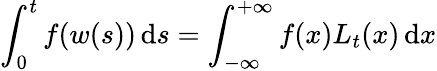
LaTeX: \int_{0}^{t}f(w(s))\, \mathrm{d}s=\int_{-\infty}^{+\infty}f(x)L_{t}(x)\, \mathrm{d}x